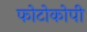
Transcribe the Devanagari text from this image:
फोटोकोपी